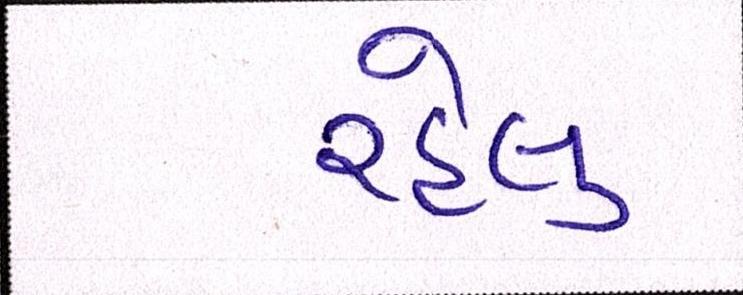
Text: રહેલુ